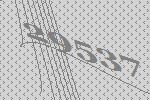
29537